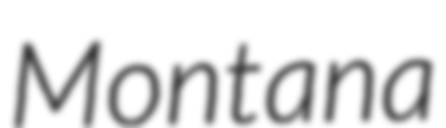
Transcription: Montana